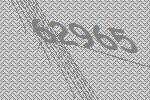
62965